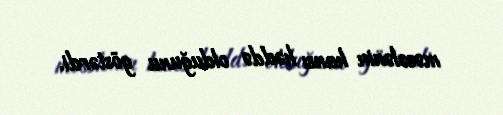
məsələnin hansı həddə olduğunu göstərdi.